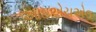
આઇએચએલ